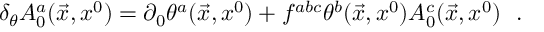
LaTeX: \delta _ { \theta } A _ { 0 } ^ { a } ( \vec { x } , x ^ { 0 } ) = \partial _ { 0 } \theta ^ { a } ( \vec { x } , x ^ { 0 } ) + f ^ { a b c } \theta ^ { b } ( \vec { x } , x ^ { 0 } ) A _ { 0 } ^ { c } ( \vec { x } , x ^ { 0 } ) \ \ .